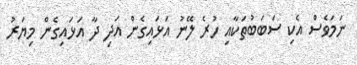
ނަމަވެސް އެކި ސަބަބުތަކާއި ހުރެ ލޭނު އަޅައިގެން އަދި ދާ އަޅައިގެން މިޔަރު